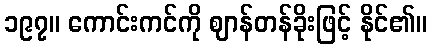
၁၉၇။ ကောင်းကင်ကို ဈာန်တန်ခိုးဖြင့် နိုင်၏။